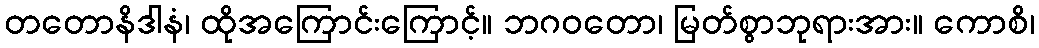
တတောနိဒါနံ၊ ထိုအကြောင်းကြောင့်။ ဘဂဝတော၊ မြတ်စွာဘုရားအား။ ကောစိ၊